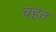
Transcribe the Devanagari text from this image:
चहत